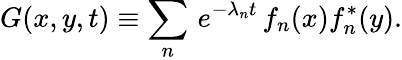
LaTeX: G(x,y,t)\equiv\sum_{n}\, e^{-\lambda_{n}t}\, f_{n}(x)f_{n}^{*}(y).